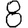
Digit: 8